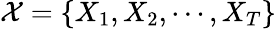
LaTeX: \mathcal{X}=\{ X_{1},X_{2},\cdots,X_{T}\}